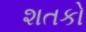
શતકો